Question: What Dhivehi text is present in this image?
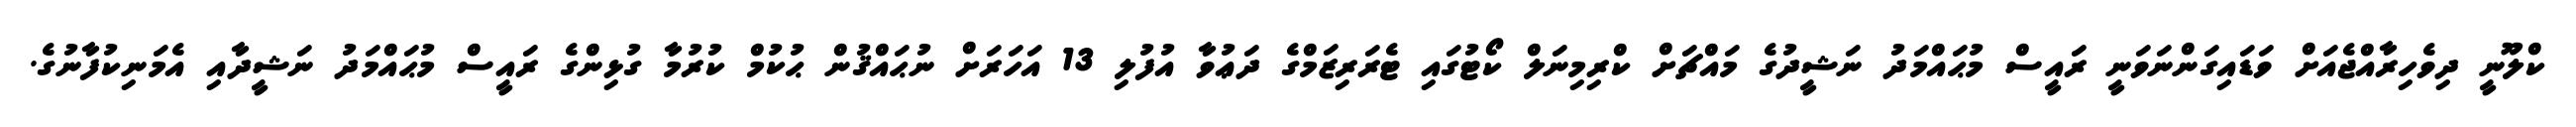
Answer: ކްލޫނީ ދިވެހިރާއްޖެއަށް ވަޑައިގަންނަވަނީ ރައީސް މުޙައްމަދު ނަޝީދުގެ މައްޗަށް ކްރިމިނަލް ކޯޓުގައި ޓެރަރިޒަމްގެ ދަޢުވާ އުފުލި 13 އަހަރަށް ނުޙައްޤުން ޙުކުމް ކުރުމާ ގުޅިންގެ ރައީސް މުޙައްމަދު ނަޝީދާއި އެމަނިކުފާނުގެ.